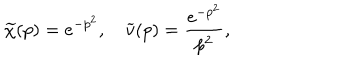
LaTeX: \widetilde { \chi } ( p ) = e ^ { - p ^ { 2 } } , \quad \widetilde { v } ( p ) = \frac { e ^ { - p ^ { 2 } } } { p ^ { 2 } } ,